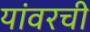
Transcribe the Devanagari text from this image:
यांवरची